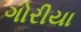
ગોરીયા